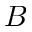
B